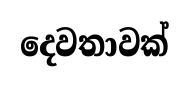
දෙවතාවක්